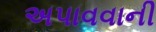
અપાવવાની